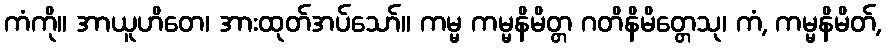
ကံကို။ အာယူဟိတေ၊ အားထုတ်အပ်သော်။ ကမ္မ ကမ္မနိမိတ္တ ဂတိနိမိတ္တေသု၊ ကံ, ကမ္မနိမိတ်,